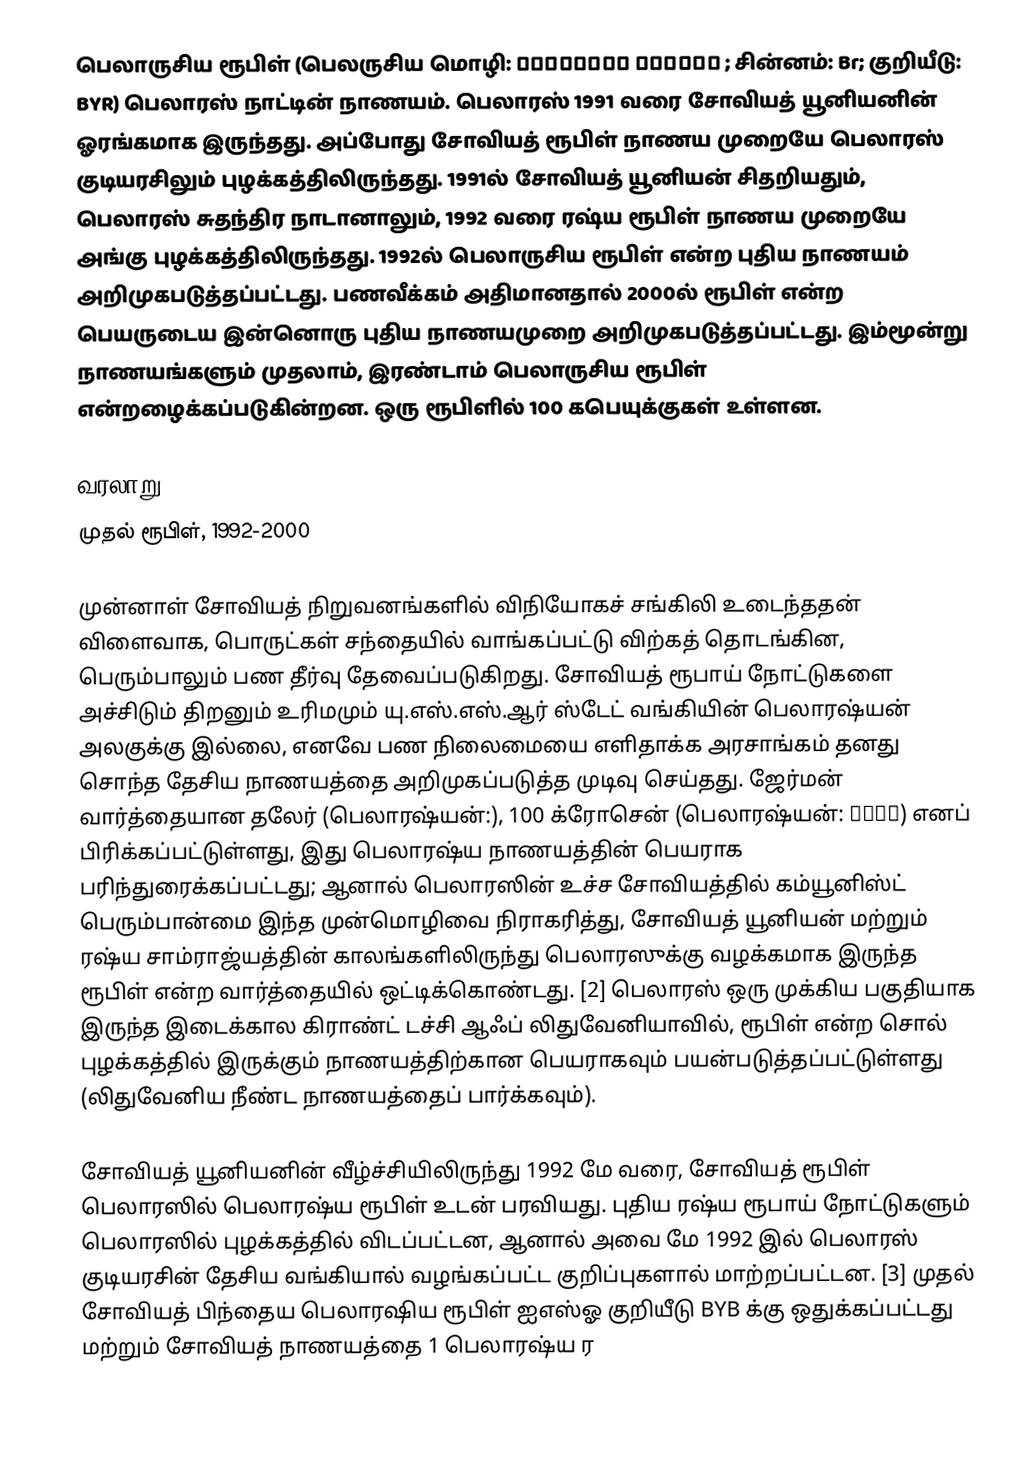
பெலாருசிய ரூபிள் (பெலருசிய மொழி: беарускі рубель ; சின்னம்: Br; குறியீடு: BYR) பெலாரஸ் நாட்டின் நாணயம். பெலாரஸ் 1991 வரை சோவியத் யூனியனின் ஓரங்கமாக இருந்தது. அப்போது சோவியத் ரூபிள் நாணய முறையே பெலாரஸ் குடியரசிலும் புழக்கத்திலிருந்தது. 1991ல் சோவியத் யூனியன் சிதறியதும், பெலாரஸ் சுதந்திர நாடானாலும், 1992 வரை ரஷ்ய ரூபிள் நாணய முறையே அங்கு புழக்கத்திலிருந்தது. 1992ல் பெலாருசிய ரூபிள் என்ற புதிய நாணயம் அறிமுகபடுத்தப்பட்டது. பணவீக்கம் அதிமானதால் 2000ல் ரூபிள் என்ற பெயருடைய இன்னொரு புதிய நாணயமுறை அறிமுகபடுத்தப்பட்டது. இம்மூன்று நாணயங்களும் முதலாம், இரண்டாம் பெலாருசிய ரூபிள் என்றழைக்கப்படுகின்றன. ஒரு ரூபிளில் 100 கபெயுக்குகள் உள்ளன.

வரலாறு
முதல் ரூபிள், 1992-2000

முன்னாள் சோவியத் நிறுவனங்களில் விநியோகச் சங்கிலி உடைந்ததன் விளைவாக, பொருட்கள் சந்தையில் வாங்கப்பட்டு விற்கத் தொடங்கின, பெரும்பாலும் பண தீர்வு தேவைப்படுகிறது. சோவியத் ரூபாய் நோட்டுகளை அச்சிடும் திறனும் உரிமமும் யு.எஸ்.எஸ்.ஆர் ஸ்டேட் வங்கியின் பெலாரஷ்யன் அலகுக்கு இல்லை, எனவே பண நிலைமையை எளிதாக்க அரசாங்கம் தனது சொந்த தேசிய நாணயத்தை அறிமுகப்படுத்த முடிவு செய்தது. ஜேர்மன் வார்த்தையான தலேர் (பெலாரஷ்யன்:), 100 க்ரோசென் (பெலாரஷ்யன்: грош) எனப் பிரிக்கப்பட்டுள்ளது, இது பெலாரஷ்ய நாணயத்தின் பெயராக பரிந்துரைக்கப்பட்டது; ஆனால் பெலாரஸின் உச்ச சோவியத்தில் கம்யூனிஸ்ட் பெரும்பான்மை இந்த முன்மொழிவை நிராகரித்து, சோவியத் யூனியன் மற்றும் ரஷ்ய சாம்ராஜ்யத்தின் காலங்களிலிருந்து பெலாரஸுக்கு வழக்கமாக இருந்த ரூபிள் என்ற வார்த்தையில் ஒட்டிக்கொண்டது. [2] பெலாரஸ் ஒரு முக்கிய பகுதியாக இருந்த இடைக்கால கிராண்ட் டச்சி ஆஃப் லிதுவேனியாவில், ரூபிள் என்ற சொல் புழக்கத்தில் இருக்கும் நாணயத்திற்கான பெயராகவும் பயன்படுத்தப்பட்டுள்ளது (லிதுவேனிய நீண்ட நாணயத்தைப் பார்க்கவும்).

சோவியத் யூனியனின் வீழ்ச்சியிலிருந்து 1992 மே வரை, சோவியத் ரூபிள் பெலாரஸில் பெலாரஷ்ய ரூபிள் உடன் பரவியது. புதிய ரஷ்ய ரூபாய் நோட்டுகளும் பெலாரஸில் புழக்கத்தில் விடப்பட்டன, ஆனால் அவை மே 1992 இல் பெலாரஸ் குடியரசின் தேசிய வங்கியால் வழங்கப்பட்ட குறிப்புகளால் மாற்றப்பட்டன. [3] முதல் சோவியத் பிந்தைய பெலாரஷிய ரூபிள் ஐஎஸ்ஓ குறியீடு BYB க்கு ஒதுக்கப்பட்டது மற்றும் சோவியத் நாணயத்தை 1 பெலாரஷ்ய ர